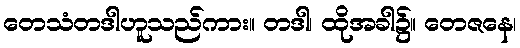
တေသံတဒါဟူသည်ကား။ တဒါ၊ ထိုအခါ၌။ တေဇနေ၊